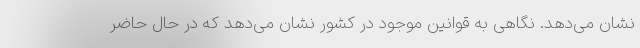
نشان می‌دهد. نگاهی به قوانین موجود در کشور نشان می‌دهد که در حال حاضر